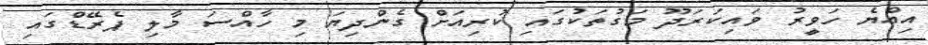
އިއްޔެ ހަވީރު ވައިކަރަދޫ މަގުތަކުގައި ކުރިއަށް ގެންދިޔަ މި ހާއްސަ މާލި ޕެރޭޑްގައި